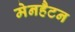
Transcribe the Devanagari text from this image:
मेनहैटन